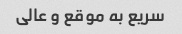
سریع به موقع و عالی